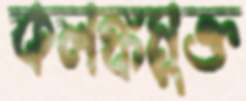
কলঙ্কমুক্ত